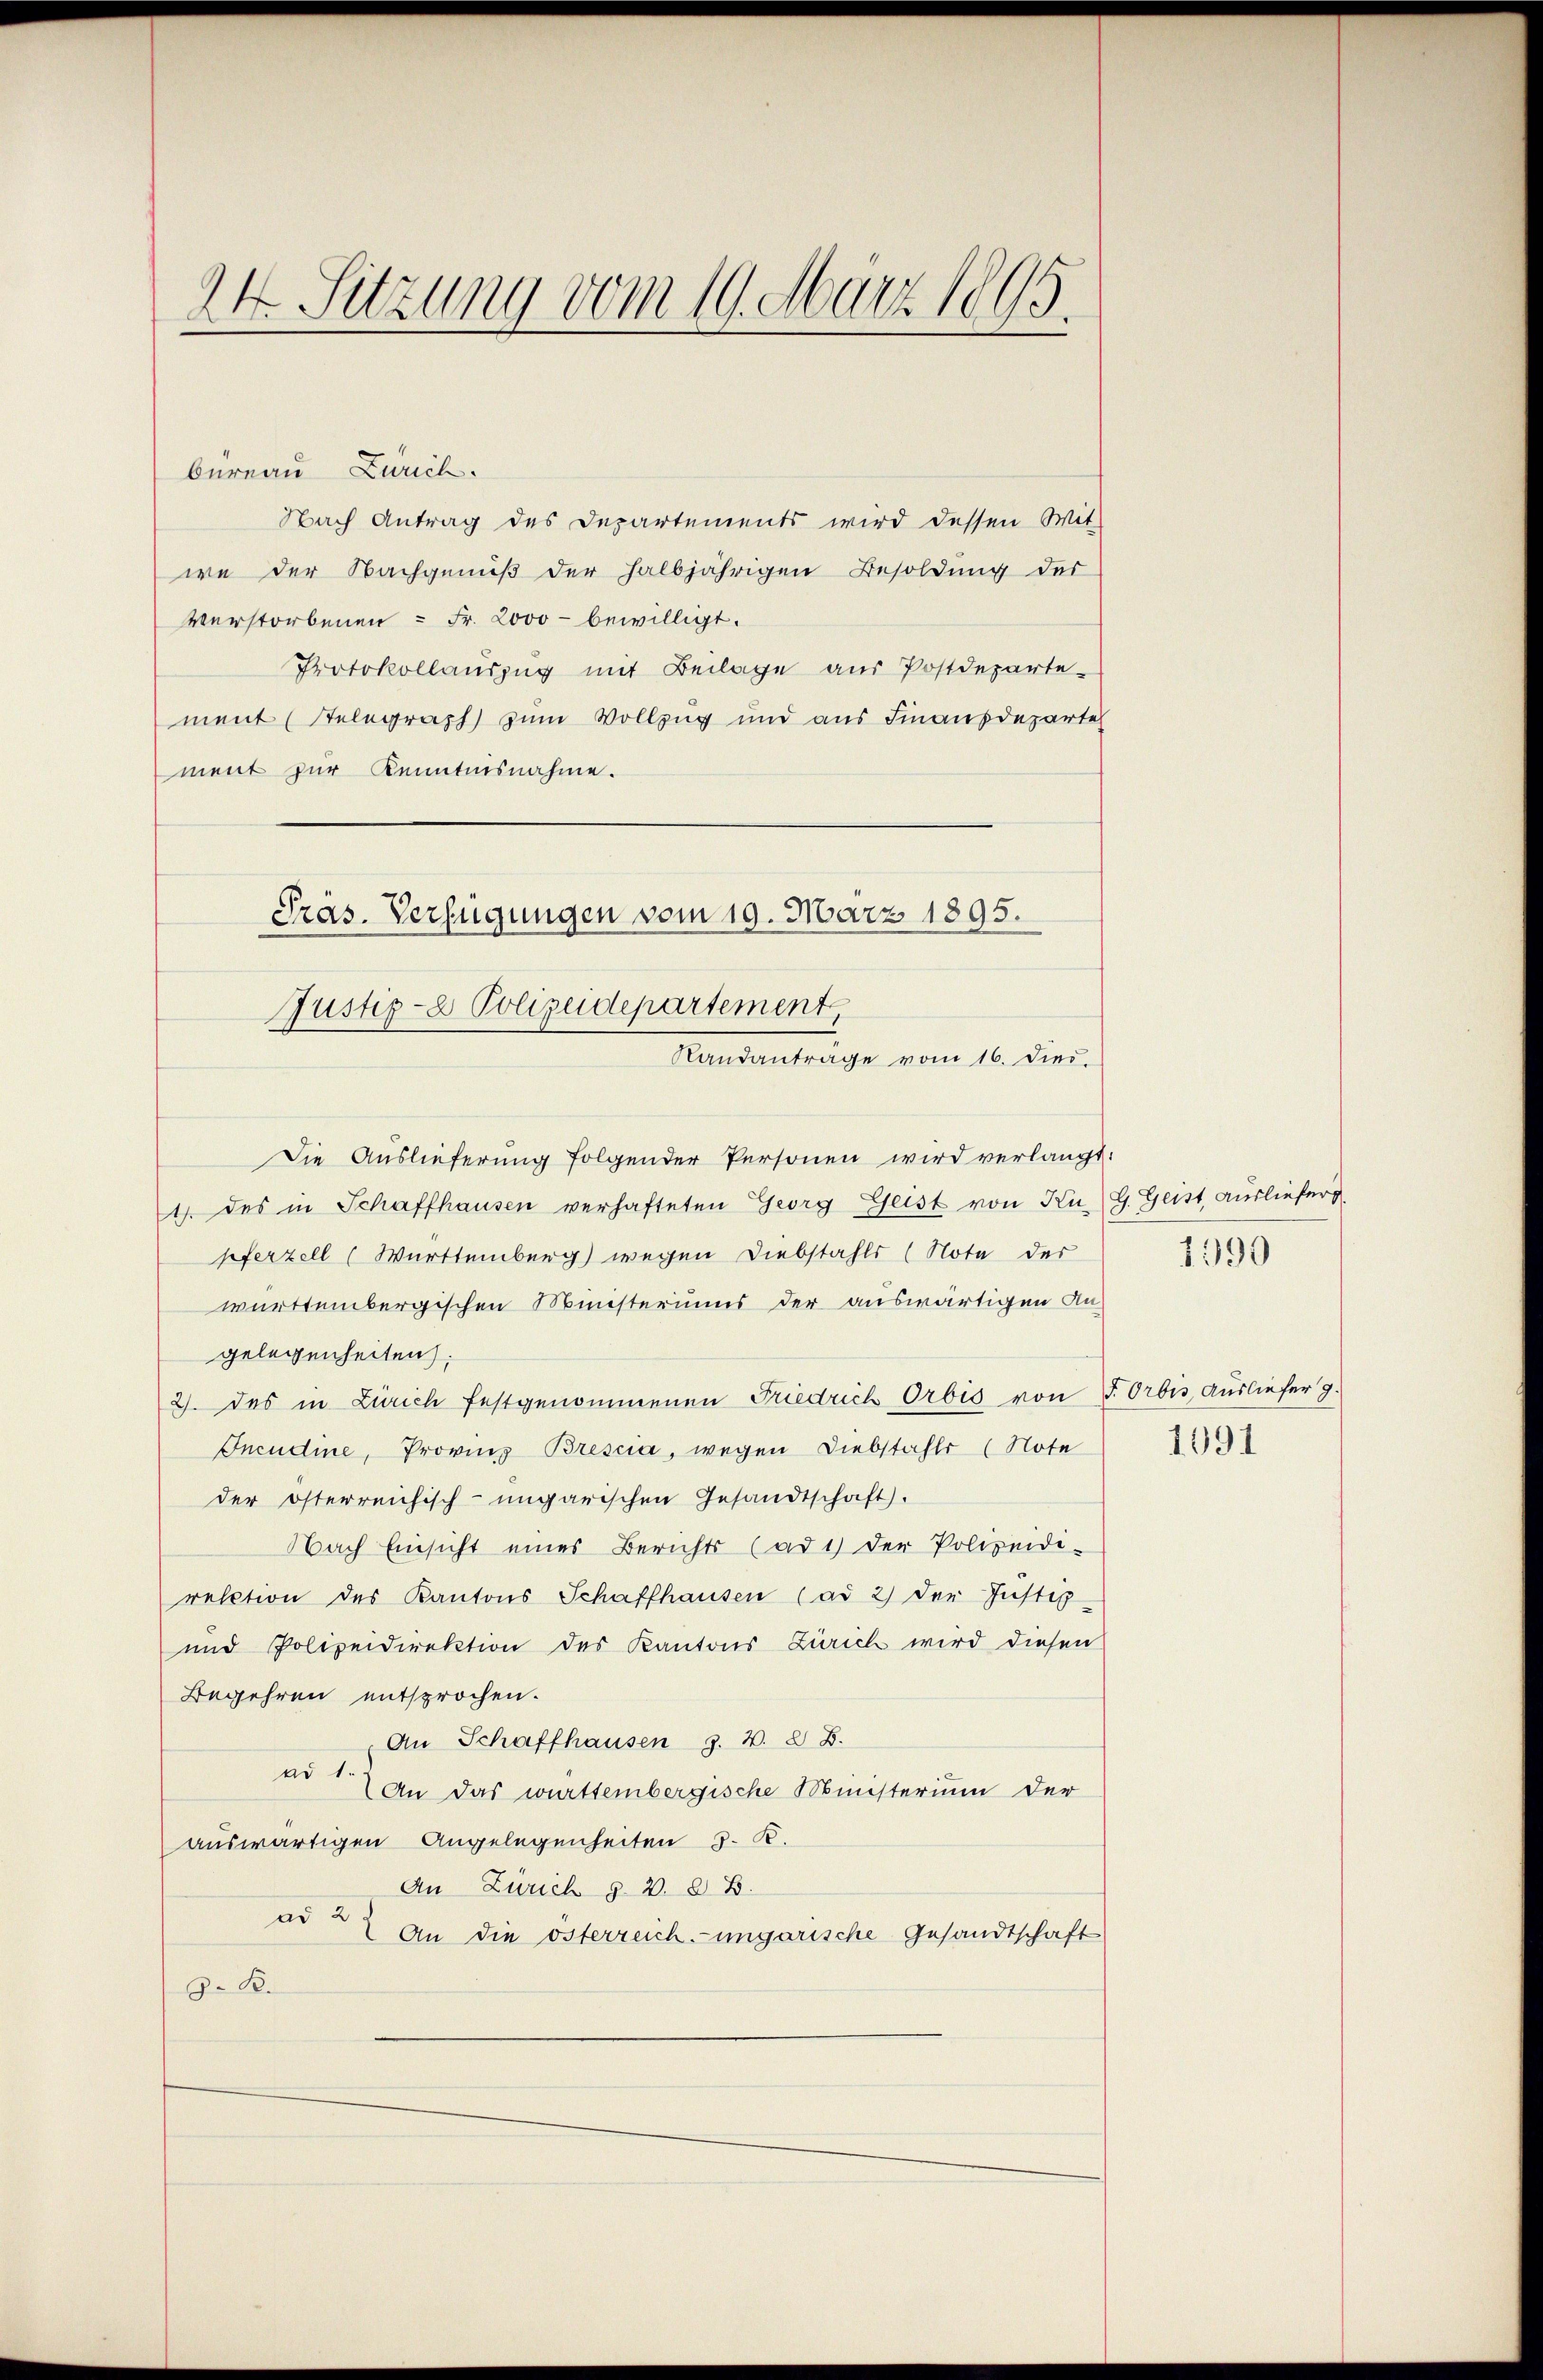
24 Sitzung vom 19. März 1895.

büreau Zürich.
Nach Antrag des Departements wird dessen Wit
we der Nachgenuß der halbjährigen Besoldung des
verstorbenen - Fr. 2000 - bewilligt.
Protokollauszug mit Beilage aus Postdepartement (Relegraph zum Vollzug und aus Finanzdeparte
ment zur Kenntnisnahme.
Die Auslieferung folgender Personen wird verlangt.
1 des in Schaffhausen verhafteten Georg Geist von Ku-G. Geist Ausliefers
pferzell (Württemberg) wegen Diebstahls (Note der
württembergischen Ministeriums der auswärtigen An-
gelegenheiten;
2). Das in Zürich festgenommenen Friedrich Orbis von J. Orbis, Ausliefer g
Incudine, Provinz Brescia, wegen Diebstahls (Note
der österreichisch-ungarischen Gesandtschaft.
Nach Einsicht eines Berichts (ad 1) der Polizeidi-
rection des Kantons Schaffhausen (ad 2) der Justiz-
und Polizeidirektion des Kantons Zürich wird diesen
Begehren entsprochen.
An Schaffhausen Z. V. 8 B.
ad 1.
An das württembergische Ministerium der
auswärtigen Angelegenheiten 3. K.
An Zürich §. 2. 8 B.
ad 2 x
An die österreich-ungarische Gesandtschaft
Z. B.

Präs. Verfügungen vom 19. März 1895.
Justiz- & Polizeidepartement
Randantrage vom 16. Dies.

1990

1991